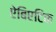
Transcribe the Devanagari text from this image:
ऐबिएटिक